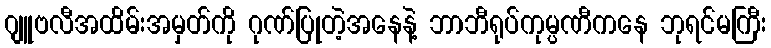
ဂျူဗလီအထိမ်းအမှတ်ကို ဂုဏ်ပြုတဲ့အနေနဲ့ ဘာဘီရုပ်ကုမ္ပဏီကနေ ဘုရင်မကြီး